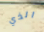
الذي